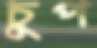
চুপ